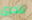
تتحرى